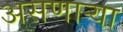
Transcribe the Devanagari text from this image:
असणार्‍या